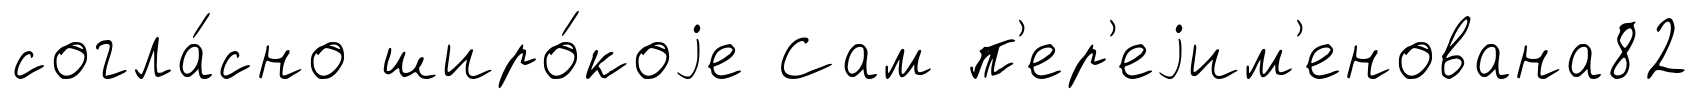
согла́сно широ́коjе Сам п'ер'еjим'енована82